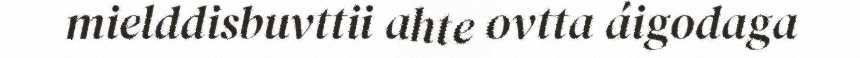
mielddisbuvttii ahte ovtta áigodaga